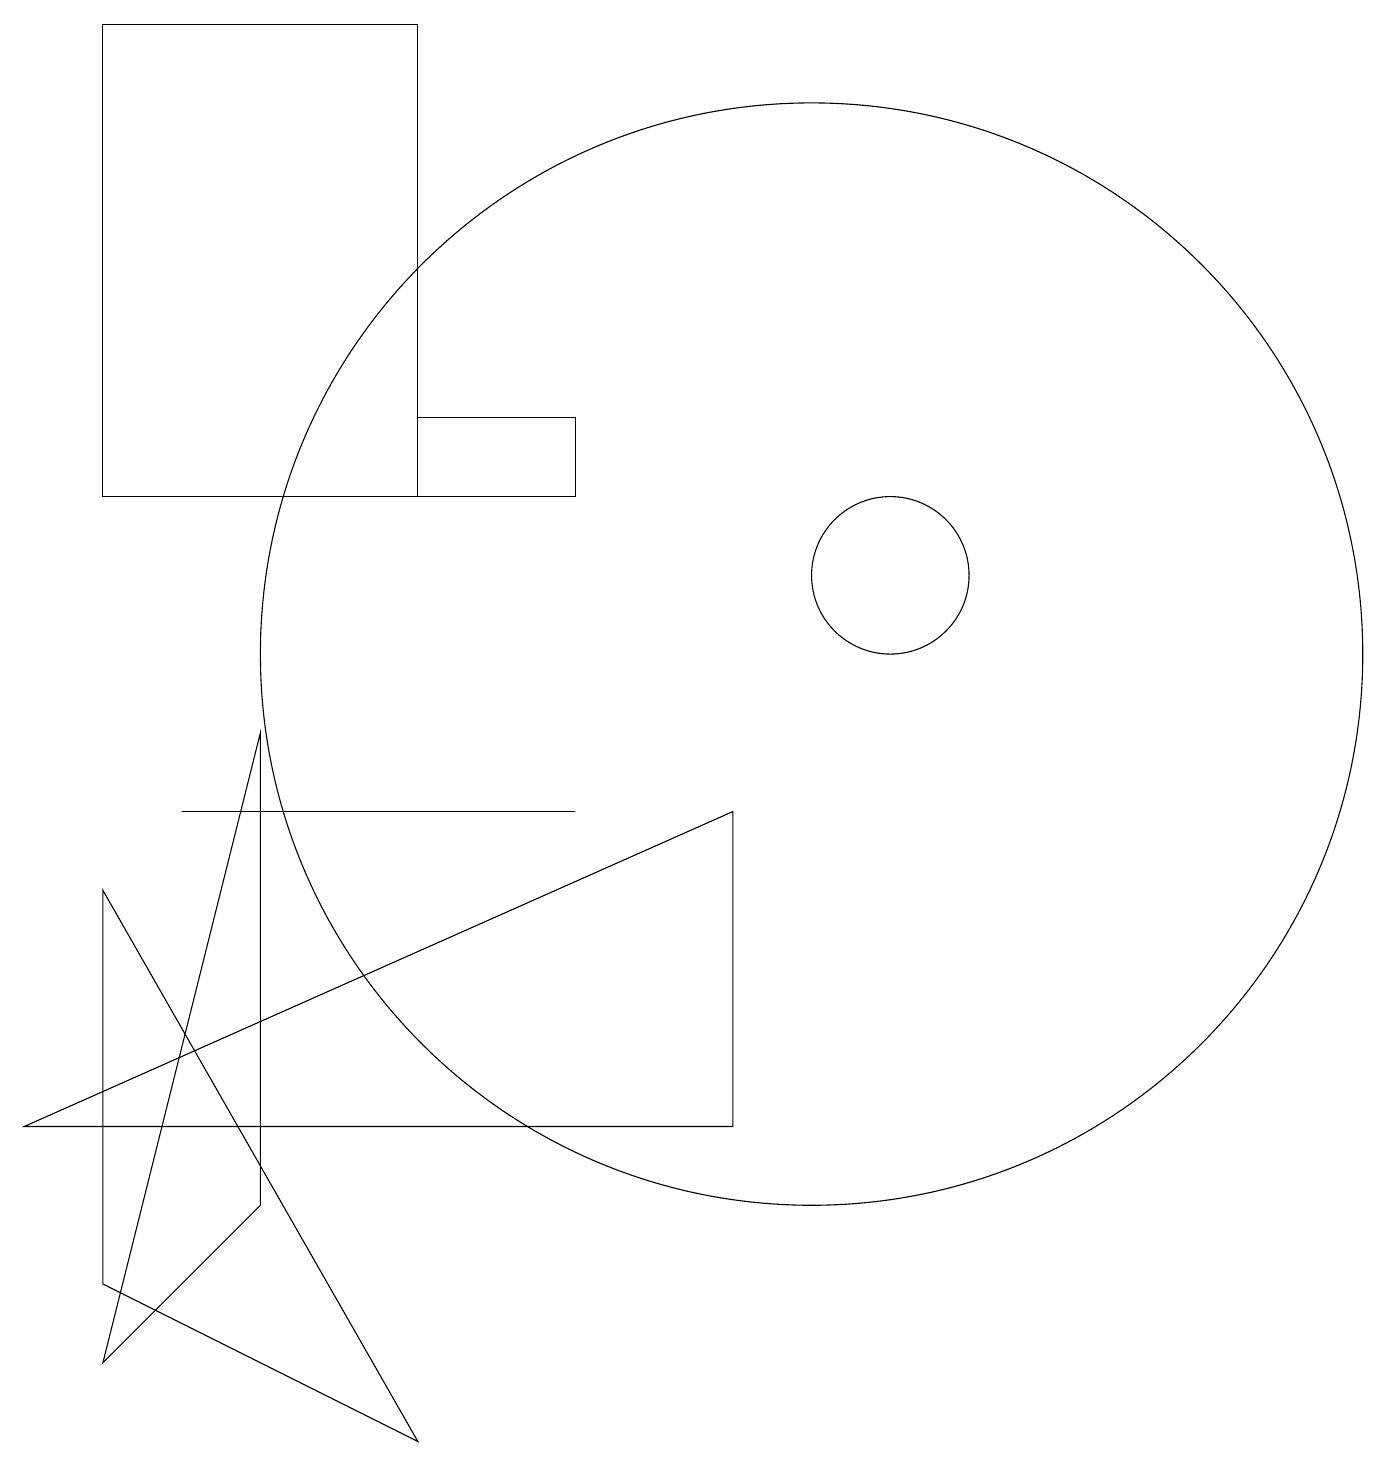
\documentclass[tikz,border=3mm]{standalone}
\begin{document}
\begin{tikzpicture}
\draw (1,12) rectangle (5,18);
\draw (11,11) circle (1);
\draw (9,4) -- (0,4) -- (9,8) -- cycle;
\draw (3,3) -- (3,9) -- (1,1) -- cycle;
\draw (10,10) circle (7);
\draw (5,0) -- (1,2) -- (1,7) -- cycle;
\draw (5,13) rectangle (7,12);
\draw (2,8) -- (7,8) -- (3,8) -- cycle;
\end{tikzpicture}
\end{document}